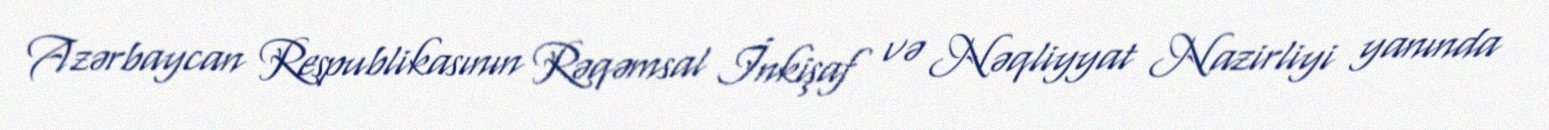
Azərbaycan Respublikasının Rəqəmsal İnkişaf və Nəqliyyat Nazirliyi yanında